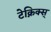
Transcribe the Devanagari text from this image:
टेक्निक्स्